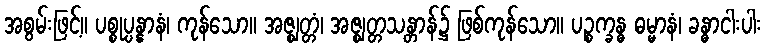
အစွမ်းဖြင့်။ ပစ္စုပ္ပန္နာနံ၊ ကုန်သော။ အဇ္ဈတ္တံ၊ အဇ္ဈတ္တသန္တာန်၌ ဖြစ်ကုန်သော။ ပဉ္စက္ခန္ဓ ဓမ္မာနံ၊ ခန္ဓာငါးပါး